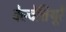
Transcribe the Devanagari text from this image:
वेल्वेत्तिथूरै